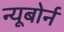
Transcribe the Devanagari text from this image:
न्यूबोर्न